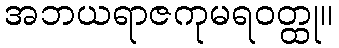
အဘယရာဇကုမရဝတ္ထု။